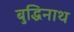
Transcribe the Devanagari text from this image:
बुद्धिनाथ